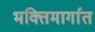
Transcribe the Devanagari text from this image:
भक्तिमार्गात